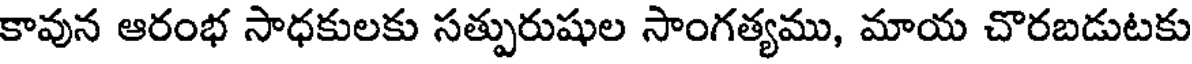
కావున ఆరంభ సాధకులకు సత్పురుషుల సాంగత్యము, మాయ చొరబడుటకు